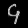
Digit: ၄